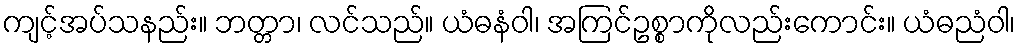
ကျင့်အပ်သနည်း။ ဘတ္တာ၊ လင်သည်။ ယံဓနံဝါ၊ အကြင်ဥစ္စာကိုလည်းကောင်း။ ယံဓညံဝါ၊